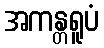
အကန္တရူပံ